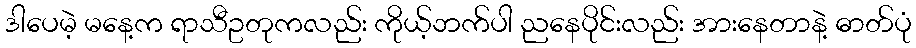
ဒါပေမဲ့ မနေ့က ရာသီဥတုကလည်း ကိုယ့်ဘက်ပါ ညနေပိုင်းလည်း အားနေတာနဲ့ ဓာတ်ပုံ